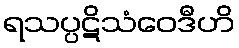
ရသပ္ပဋိသံဝေဒီဟိ